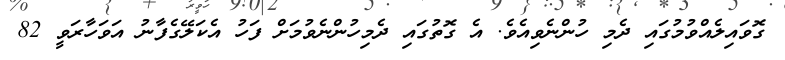
ގޮވައިލެއްވުމުގައި ދެމި ހުންނެވިއެވެ. އެ ގޮތުގައި ދެމިހުންނެވުމަށް ފަހު އެކަލޭގެފާނު އަވަހާރަވީ 82